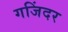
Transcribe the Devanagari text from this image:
गजिंदर